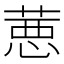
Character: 𦷢